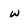
Character: w